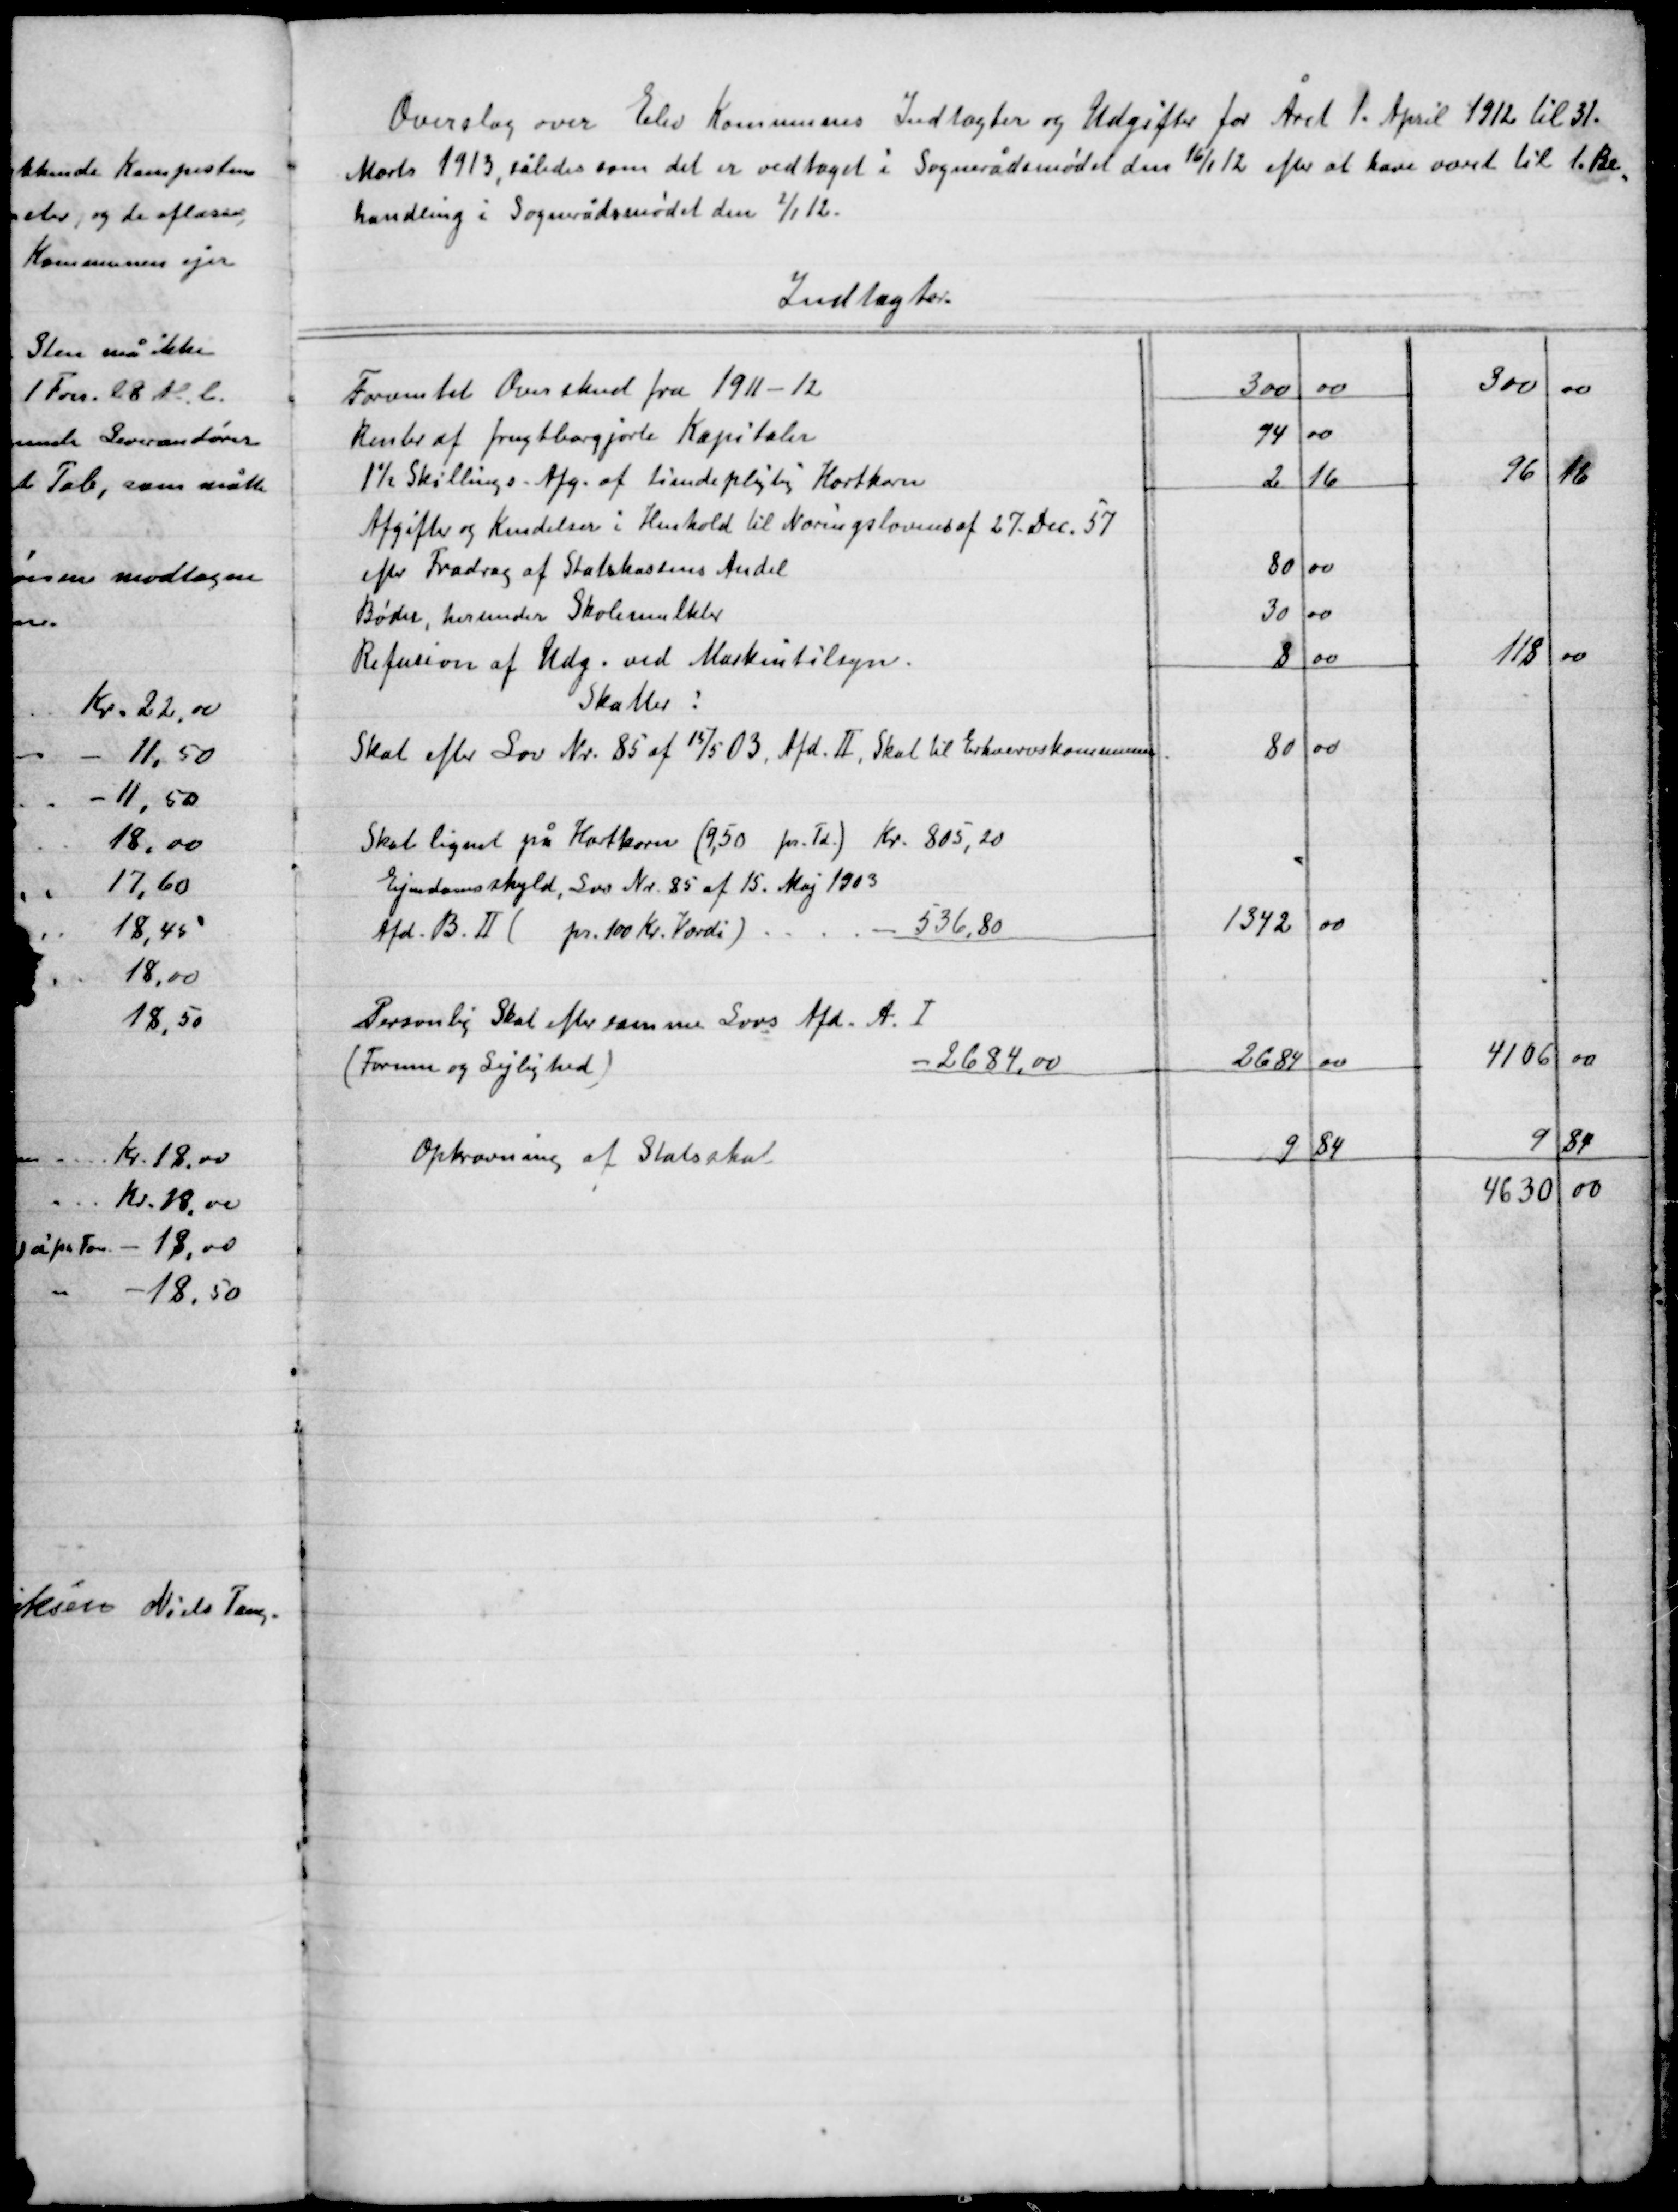
Transskription:
Overslag over Elev Kommunes Indtægter og Udgifter for Året 1. April 1912 12  til 31
Marts 1913, således som det er vedtaget i Sognerådsmødet den 16/1 efter at have været til 1. Be-
handling i Sognerådsmødet den 1/1 12.